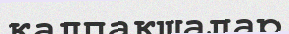
қалпақшалар